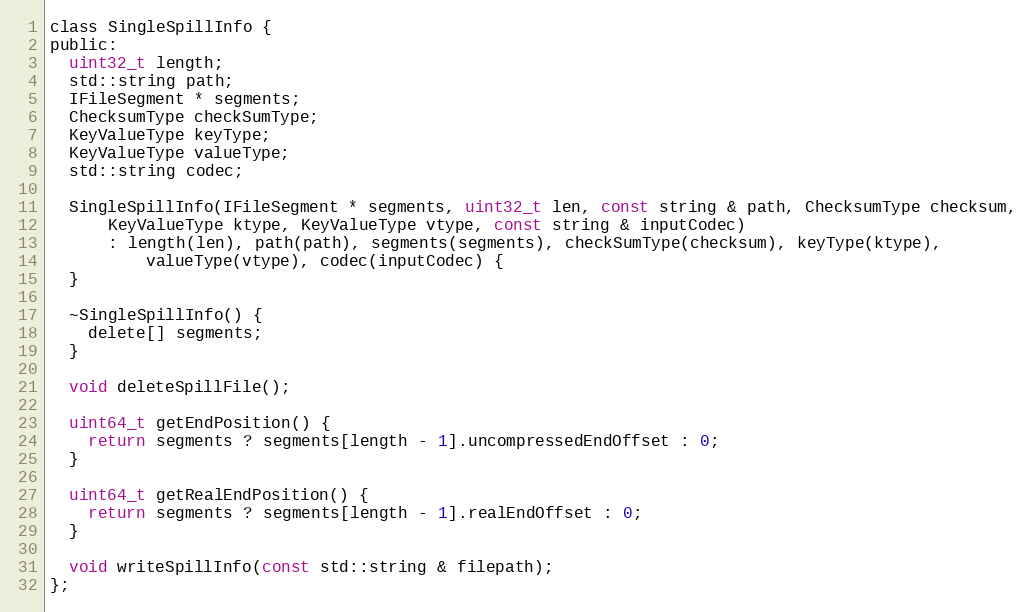
Language: C
class SingleSpillInfo {
public:
  uint32_t length;
  std::string path;
  IFileSegment * segments;
  ChecksumType checkSumType;
  KeyValueType keyType;
  KeyValueType valueType;
  std::string codec;

  SingleSpillInfo(IFileSegment * segments, uint32_t len, const string & path, ChecksumType checksum,
      KeyValueType ktype, KeyValueType vtype, const string & inputCodec)
      : length(len), path(path), segments(segments), checkSumType(checksum), keyType(ktype),
          valueType(vtype), codec(inputCodec) {
  }

  ~SingleSpillInfo() {
    delete[] segments;
  }

  void deleteSpillFile();

  uint64_t getEndPosition() {
    return segments ? segments[length - 1].uncompressedEndOffset : 0;
  }

  uint64_t getRealEndPosition() {
    return segments ? segments[length - 1].realEndOffset : 0;
  }

  void writeSpillInfo(const std::string & filepath);
};